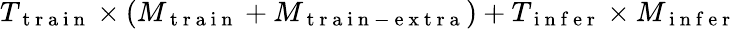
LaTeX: T_{\mathrm{~t~r~a~i~n~}}\times(M_{\mathrm{~t~r~a~i~n~}}+M_{\mathrm{~t~r~a~i~n~-~e~x~t~r~a~}})+T_{\mathrm{~i~n~f~e~r~}}\times M_{\mathrm{~i~n~f~e~r~}}